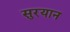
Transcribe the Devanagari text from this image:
सुरयान